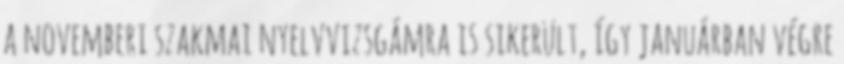
a novemberi szakmai nyelvvizsgámra is sikerült, így januárban végre